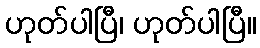
ဟုတ်ပါပြီ၊ ဟုတ်ပါပြီ။